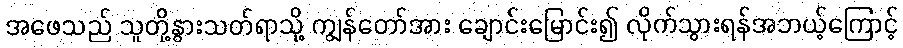
အဖေသည် သူတို့နွားသတ်ရာသို့ ကျွန်တော်အား ချောင်းမြောင်း၍ လိုက်သွားရန်အဘယ့်ကြောင့်